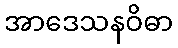
အာဒေသနဝိဓာ